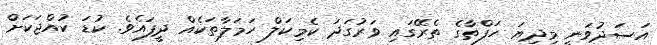
އަސަދުވަނީ މިދިޔަ ހަފްތާގެ ތެރޭގައި ވަރުގަދަ ކެމިކަލް ހަމަލާތަކެއް ދީފައެވެ. ކުޑަ ކުއްޖަކަށް